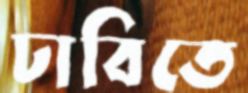
ঢাবিতে